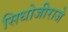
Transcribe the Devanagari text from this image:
सिधोजीराजे